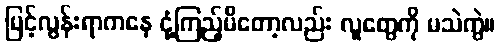
မြင့်လွန်းရာကနေ ငုံ့ကြည့်မိတော့လည်း လူတွေကို မသဲကွဲ။